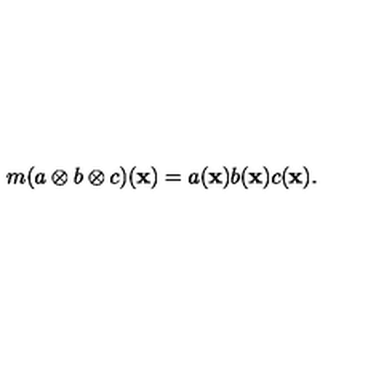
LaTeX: m ( a \otimes b \otimes c ) { ( { \bf x ) } } = a ( { \bf x } ) b ( { \bf x } ) c ( { \bf x } ) .